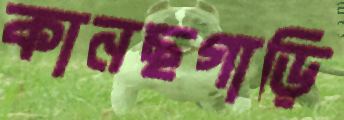
কানছগাড়ি